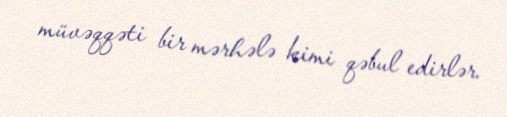
müvəqqəti bir mərhələ kimi qəbul edirlər.